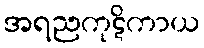
အရညကုဋိကာယ